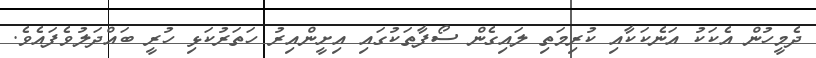
ދެމީހުން އެކަކު އަނެކަކާއި ކުރިމަތި ލައިގެން ސޯފާތަކުގައި އިށީންއިރު ހަތަރުކަޅި ހުރީ ބައްދަލުވެފައެވެ.